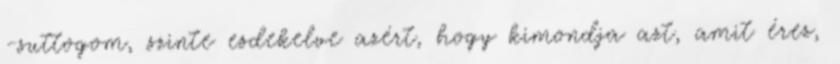
-suttogom, szinte esdekelve azért, hogy kimondja azt, amit érez,